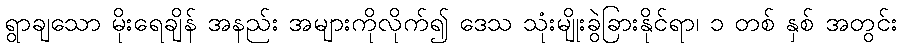
ရွာချသော မိုးရေချိန် အနည်း အများကိုလိုက်၍ ဒေသ သုံးမျိုးခွဲခြားနိုင်ရာ၊ ၁ တစ် နှစ် အတွင်း